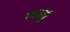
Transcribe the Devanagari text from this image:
लाठू